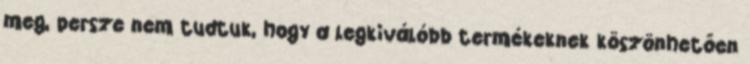
meg, persze nem tudtuk, hogy a legkiválóbb termékeknek köszönhetően